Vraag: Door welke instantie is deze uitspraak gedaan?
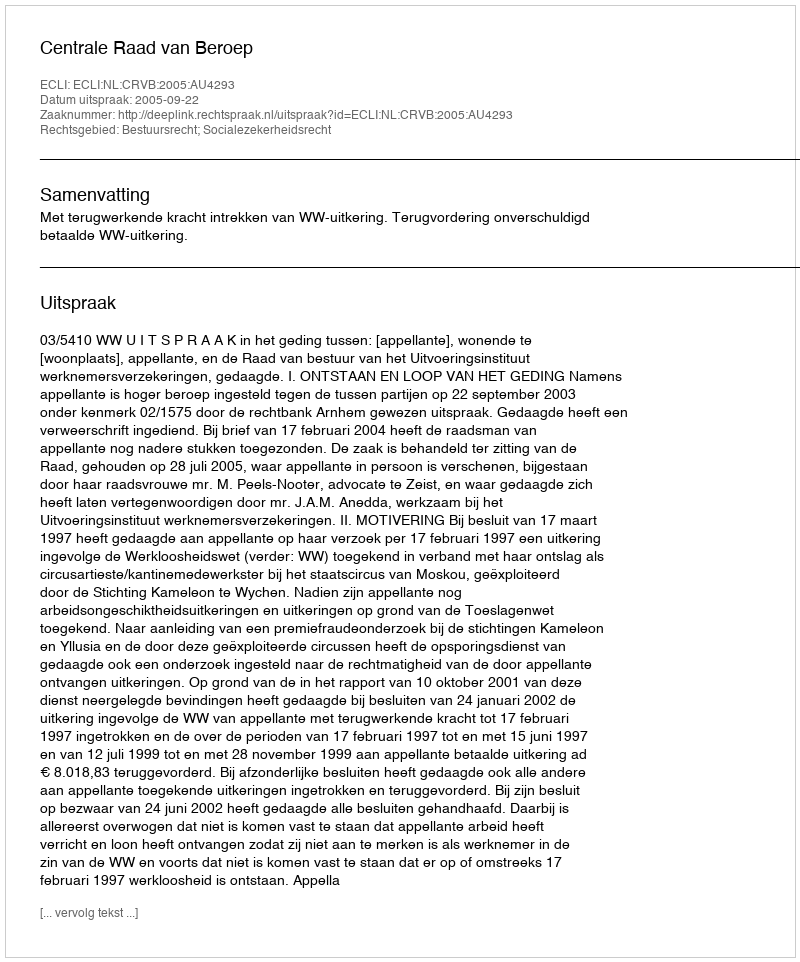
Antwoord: Centrale Raad van Beroep